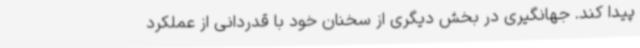
پیدا کند. جهانگیری در بخش دیگری از سخنان خود با قدردانی از عملکرد